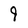
Character: 9